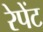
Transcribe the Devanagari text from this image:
रेपेंट